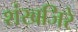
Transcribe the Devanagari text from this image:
शंखजिरे